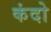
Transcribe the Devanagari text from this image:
कंदो